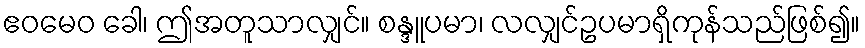
ဧဝမေဝ ခေါ၊ ဤအတူသာလျှင်။ စန္ဒူပမာ၊ လလျှင်ဥပမာရှိကုန်သည်ဖြစ်၍။